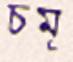
চমূ